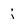
Character: i